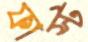
ফাস্ট